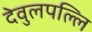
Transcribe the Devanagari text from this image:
देवुलपल्लि